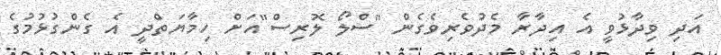
އަދި ވިދާޅުވީ އެ އިދާރާ މެދުވެރިވެގެން "ސްލޯ ލޮރިސް"އަށް ހިމާޔަތްދީ އެ ގެންގުޅުމުގެ